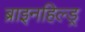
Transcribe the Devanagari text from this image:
ब्राइनहिल्ड्र